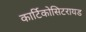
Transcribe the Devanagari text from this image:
कार्टिकोसिटरायड